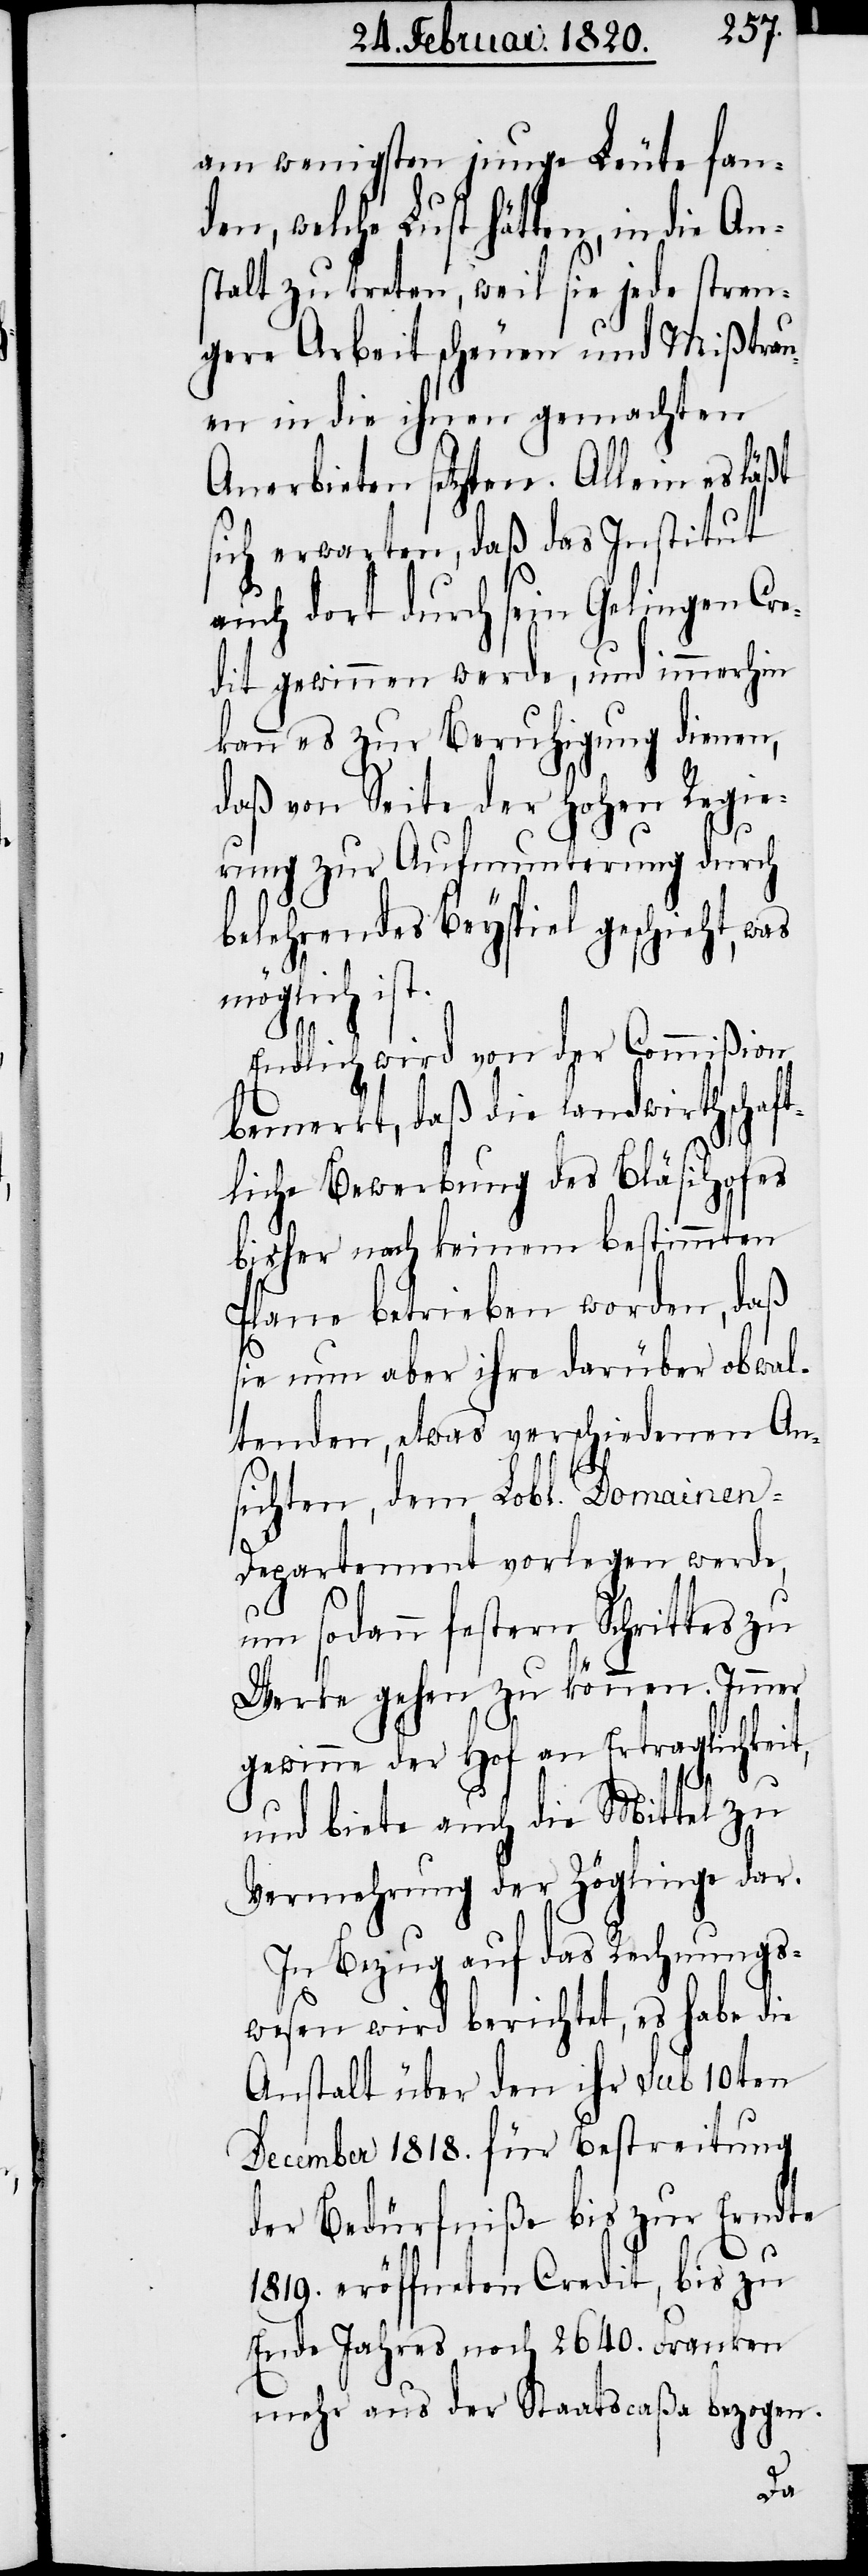
am wenigsten junge Leute fan¬
den, welche Lust hätten, in die An¬
stalt zu treten, weil sie jede stren¬
gere Arbeit scheuen und Mißtrau¬
en in die ihnen gemachten
Anerbieten setzten. Allein es läßt
sich erwarten, daß das Institut
auch dort durch sein Gelingen Cre¬
dit gewinnen werde, und immerhin
kann es zur Beruhigung dienen,
daß von Seite der Hohen Regie¬
rung zur Aufmunterung durch
belehrendes Beyspiel geschieht, was
möglich ist.
Endlich wird von der Commißion
bemerkt, daß die landwirthschaft¬
liche Bewerbung des Bläsihofes
bisher nach keinem bestimmten
Plane betrieben worden, daß
sie nun aber ihre darüber obwal¬
tenden, etwas verschiedenen An¬
sichten, dem Lobl. Domainen-D¬
epartement vorlegen werde,
um sodann festern Schrittes zu
Werke gehen zu können. Immer
gewinne der Hof an Ertraglichkeit,
und biete auch die Mittel zu
Vermehrung der Zöglinge dar.
In Bezug auf das Rechnungs¬
wesen wird berichtet, es habe die
Anstalt über den ihr sub 10ten
December 1818. für Bestreitung
der Bedürfniße bis zur Erndte
1819. eröffneten Credit, bis zu
Ende Jahres noch 2640. Franken
mehr aus der Staatscaßa bezogen.